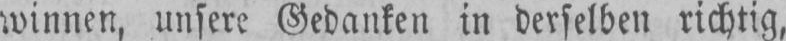
winnen, unsere Gedanken in derselben richtig,